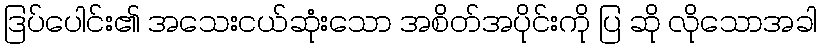
ဒြပ်ပေါင်း၏ အသေးငယ်ဆုံးသော အစိတ်အပိုင်းကို ပြ ဆို လိုသောအခါ